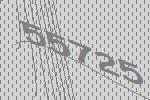
55725